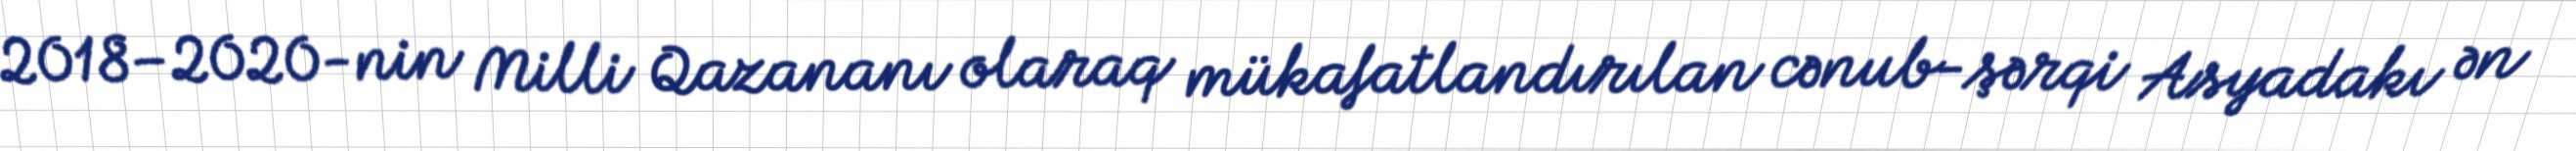
2018–2020-nin Milli Qazananı olaraq mükafatlandırılan cənub-şərqi Asyadakı ən